Insane asylums in Bengal annual reports 1876-1887 - 1876-1887
Year: 1876
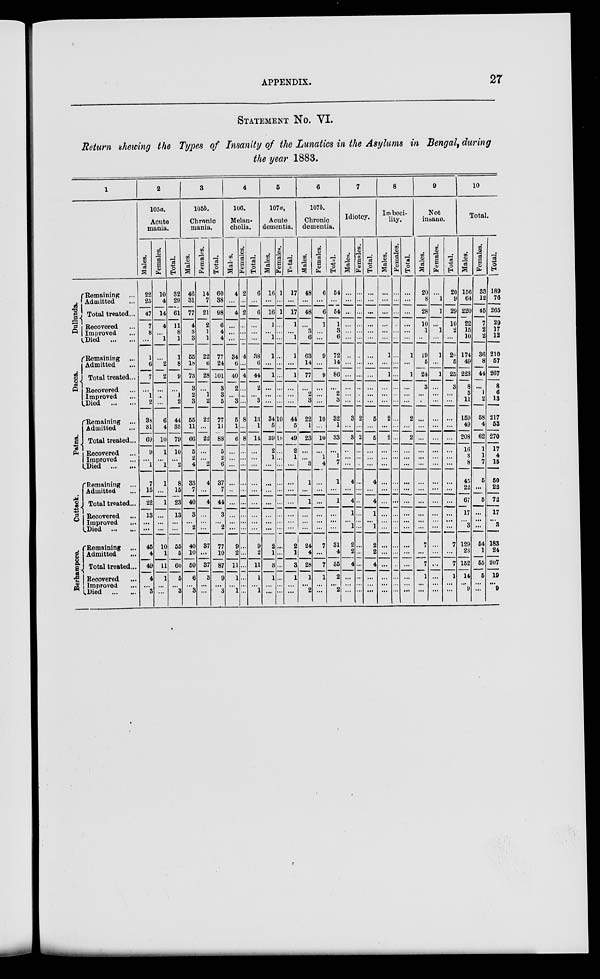
APPENDIX.
27
STATEMENT No. VI.
Return showing the Types of Insanity of the Lunatics in the Asylums in Bengal, during
the year 1883.
1
Dullunda.
Dacca.
Patna.
Cuttack.
Berhampore.
Remaining ...
Admitted ...
Total treated...
Recovered ...
Improved ...
Died
...
...
Remaining ...
Admitted ...
Total treated...
Recovered ...
Improved
Died
...
...
Remaining ...
Admitted ...
Total treated...
Recovered ...
Improved ...
Died
...
...
Remaining ...
Admitted ...
Total treated...
Recovered ...
Improved ...
Died
...
...
Remaining ...
Admitted ...
Total treated...
Recovered ...
Improved ...
Died
...
...
2
105a.
Acute
mania.
Males.
22
25
47
7
8
...
1
6
7
...
1
2
38
81
69
9
...
1
7
15
22
13
...
...
45
4
49
4
...
3
Females.
10
4
14
4
...
1
...
2
2
...
...
...
6
4
10
1
...
1
1
...
1
...
...
...
10
1
11
1
...
...
Total.
32
29
61
11
8
1
1
8
9
...
1
2
44
35
79
10
...
2
8
15
23
13
...
...
55
5
60
5
...
3
3
105b.
Chronic
mania.
Males.
46
31
77
4
3
3
55
18
73
3
2
3
55
11
66
5
2
4
33
7
40
3
...
2
40
10
50
6
...
3
Females.
14
7
21
2
1
1
22
6
28
...
1
2
22
...
22
...
...
2
4
...
4
...
...
...
37
...
37
3
...
...
Total.
60
38
98
6
4
4
77
24
101
3
3
5
77
10
88
5
2
6
37
7
44
3
...
2
77
10
87
9
...
3
4
106.
Melan-
cholia.
Males.
4
...
4
...
...
...
34
6
40
2
...
3
5
1
6
...
...
...
...
...
...
...
...
...
9
2
11
1
...
1
Females.
2
...
2
...
...
...
4
...
4
...
...
...
8
...
8
...
...
...
...
...
...
...
...
...
...
...
...
...
...
...
Total.
6
...
6
...
...
...
38
6
44
2
...
3
13
1
14
...
...
...
...
...
...
...
...
...
9
2
11
1
...
1
5
107a,
Acute
dementia.
Males.
16
...
16
1
...
1
1
...
1
...
...
...
34
5
39
2
1
...
...
...
...
...
...
...
2
1
3
1
...
...
Females.
1
...
1
...
...
...
...
...
...
...
...
...
10
...
10
...
...
...
...
...
...
...
...
...
...
...
...
...
...
...
Total.
17
...
17
1
...
1
1
...
1
...
...
...
44
5
49
2
1
...
...
...
...
...
...
...
2
1
3
1
...
...
6
107b.
Chronic
dementia.
Males.
48
...
48
...
3
6
63
14
77
...
2
3
22
1
23
...
...
3
1
...
1
...
...
...
24
4
28
1
...
2
Females.
6
...
6
1
...
...
9
...
9
...
...
...
10
...
10
...
1
4
...
...
...
...
...
...
7
...
7
1
...
...
Total.
54
...
54
1
3
6
72
14
86
...
2
3
32
1
33
...
1
7
1
...
1
...
...
...
31
4
35
2
...
2
7
Idiotcy.
Males.
...
...
...
...
...
...
...
...
...
...
...
...
3
...
3
..
...
...
4
...
4
1
...
1
2
2
4
...
...
...
Females.
...
...
...
...
...
...
...
...
...
...
...
...
2
...
2
...
...
...
...
...
...
...
...
...
...
...
...
...
...
...
Total.
...
...
...
...
...
...
...
...
...
...
...
...
5
...
5
...
...
...
4
...
4
1
...
1
2
2
4
...
...
...
8
Imbeci-
lity.
Males.
...
...
...
...
...
...
1
...
1
...
...
...
2
...
2
...
...
...
...
...
...
...
...
...
...
...
...
...
...
...
Females.
...
...
...
...
...
...
...
...
...
...
...
...
...
...
...
...
...
...
...
...
...
...
...
...
...
...
...
...
...
...
Total.
...
...
...
...
...
...
1
...
1
...
...
...
2
...
2
...
...
...
...
...
...
...
...
...
...
...
...
...
...
...
9
Not
insane.
Males.
20
8
28
10
1
...
19
5
24
3
...
...
...
...
...
...
...
...
...
...
...
...
...
...
7
...
7
1
...
...
Females.
...
1
1
...
1
...
1
...
1
...
...
...
...
...
...
...
...
...
...
...
...
...
...
...
...
...
...
...
...
...
Total.
20
9
29
10
2
...
20
5
25
3
...
...
...
...
...
...
...
...
...
...
...
...
...
...
7
...
7
1
...
...
10
Total.
Males.
156
64
220
22
15
10
174
49
223
8
5
11
159
49
208
16
3
8
45
22
67
17
...
3
129
23
152
14
...
9
Females.
32
12
45
7
2
2
36
8
44
...
1
2
58
4
62
1
1
7
5
...
5
...
...
...
54
1
55
5
...
...
Total.
189
76
265
29
17
12
210
57
267
8
6
13
217
53
270
17
4
15
50
22
72
17
...
3
183
24
207
19
...
9